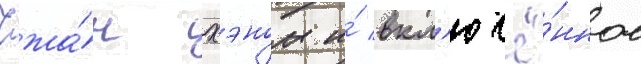
Чжа́н хэном и́ вкл'ючё́нное